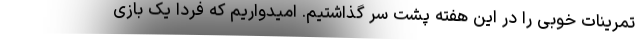
تمرینات خوبی را در این هفته پشت سر گذاشتیم. امیدواریم که فردا یک بازی